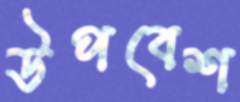
উপবেশ